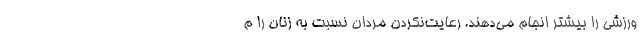
ورزشی را بیشتر انجام می‌دهند. رعایت‌نکردن مردان نسبت به زنان را م